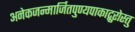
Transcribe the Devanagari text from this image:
अनेकजन्मार्जितपुण्यपाकाद्गुरोस्तु